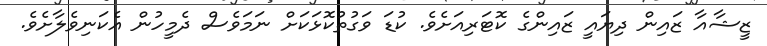
ޒީޝާއާ ޒައިން ދިޔައީ ޒައިންގެ ކޮޓަރިއަށެވެ. ކުޑަ ވަގުތުކޮޅަކަށް ނަމަވެސް ދެމީހުން އެކަނިވެލާށެވެ.